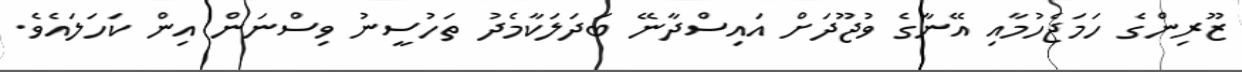
ޒޫރިންގެ ހަމަޖެހުމާއި އޭނާގެ ވުޖޫދަށް އައިސްދާނޭ ބަދަލަކާމެދު ތަހުސީނު ވިސްނަން އިން ކަހަލައެވެ.